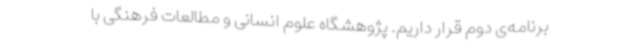
برنامه‌ی دوم قرار داریم. پژوهشگاه علوم انسانی و مطالعات فرهنگی با